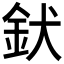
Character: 𮡧